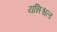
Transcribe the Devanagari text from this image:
यन्निश्चलः